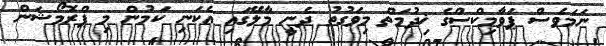
ނަމަވެސް ޕަވާމިކްސްގެ ޚިދުމަތް މިވަގުތު ދެނީ މާލޭގައި އެކަނި ކަމުން މި ޕްރޮމޯޝަން